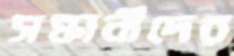
সন্ধানীদের